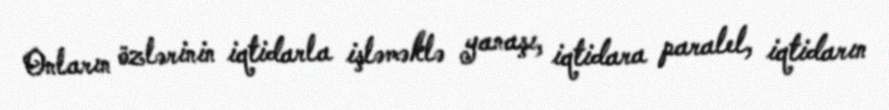
Onların özlərinin iqtidarla işləməklə yanaşı, iqtidara paralel, iqtidarın